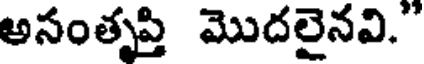
అసంతృప్తి మొదలైనవి.